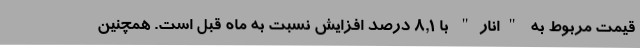
قیمت مربوط به "انار" با ٨,١ درصد افزایش نسبت به ماه قبل است. همچنین